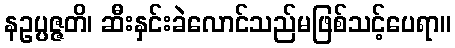
နဥပ္ပဇ္ဇတိ၊ ဆီးနှင်းခဲလောင်သည်မဖြစ်သင့်ပေရာ။